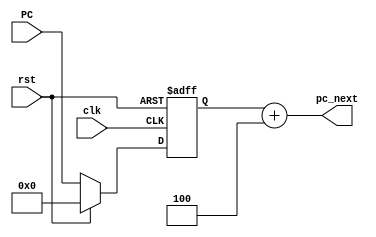
module PC (
    input clk,
    input rst,
    input [31:0] PC,
    output [31:0] pc_next
);

reg [31:0] pc_reg;

always @(posedge clk or posedge rst) begin
    if (rst) begin
        pc_reg <= 32'h00000000;
    end else begin
        pc_reg <= (rst) ? 32'h00000000 : PC;  // Reset PC if rst is high, else update PC with input value
    end
end

assign pc_next = pc_reg + 4;  // Increment PC by 4 bytes for next instruction

endmodule